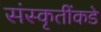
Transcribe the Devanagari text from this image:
संस्कृतींकडे